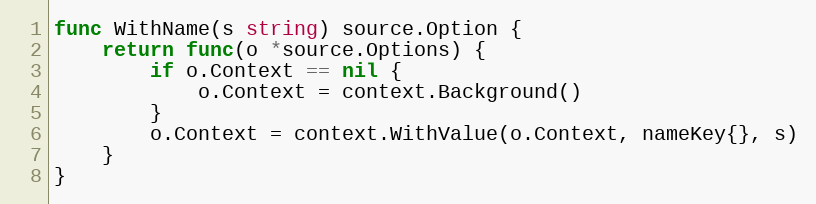
Language: Go
func WithName(s string) source.Option {
	return func(o *source.Options) {
		if o.Context == nil {
			o.Context = context.Background()
		}
		o.Context = context.WithValue(o.Context, nameKey{}, s)
	}
}